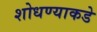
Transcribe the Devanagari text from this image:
शोधण्याकडे